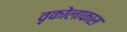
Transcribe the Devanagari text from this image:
वृकोलाकास